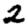
Digit: 2